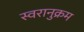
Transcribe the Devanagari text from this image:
स्वरानुक्रम